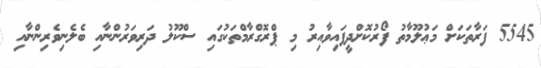
5545 ފަރާތަކަށް މަޢުލޫމާތު ފޯރުކޮށްދީފައިވާއިރު މި ޕްރޮގްރާމްތަކުގައި ސްކޫލު ދަރިވަރުންނާއި ބެލެނިވެރިންނާއި